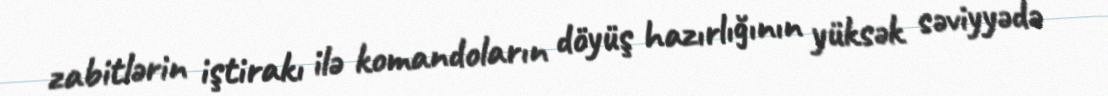
zabitlərin iştirakı ilə komandoların döyüş hazırlığının yüksək səviyyədə